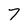
Character: 7